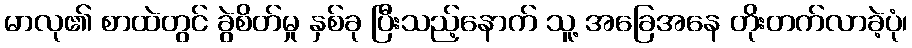
မာလု၏ စာထဲတွင် ခွဲစိတ်မှု နှစ်ခု ပြီးသည့်နောက် သူ့ အခြေအနေ တိုးတက်လာခဲ့ပုံ၊